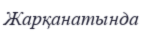
Жарқанатында